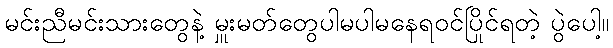
မင်းညီမင်းသားတွေနဲ့ မှူးမတ်တွေပါမပါမနေရဝင်ပြိုင်ရတဲ့ ပွဲပေါ့။